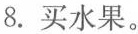
8.买水果。